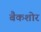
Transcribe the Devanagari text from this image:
बैकशोर